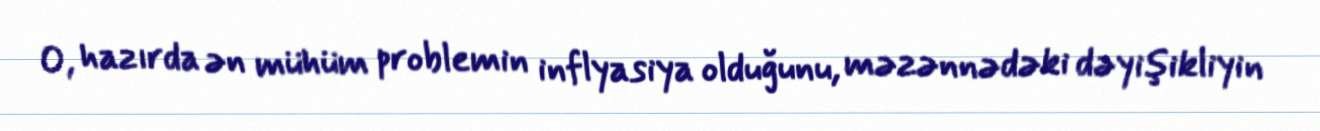
O, hazırda ən mühüm problemin inflyasiya olduğunu, məzənnədəki dəyişikliyin